Scottish Leaving Certificate Examination, 1960
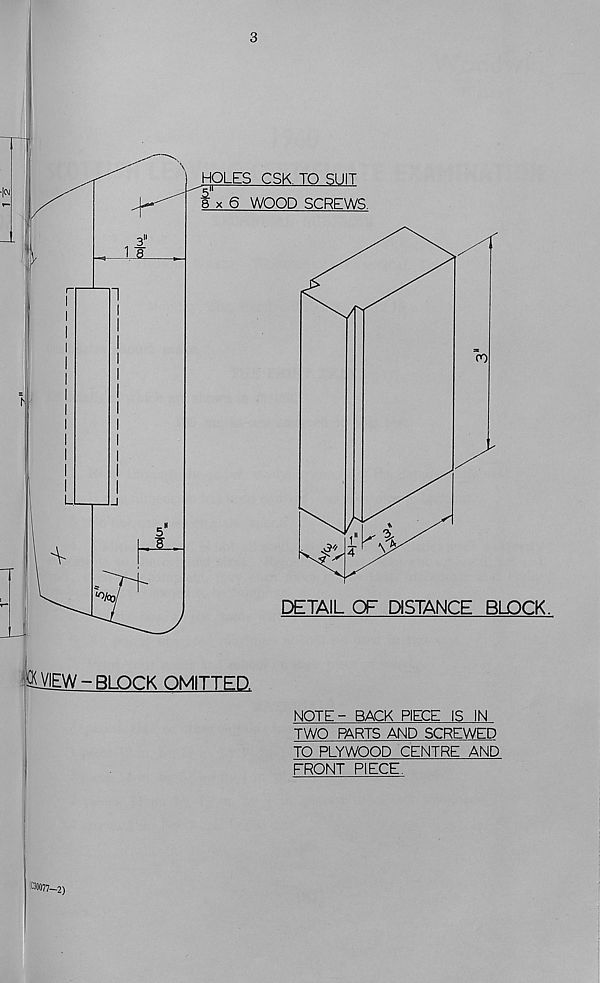
3
-BLOCK OMITTED.
NOTE- BACK PIECE IS IN
TWO PARTS AND SCREWED
TO PLYWOOD CENTRE AND
FRONT PIECE.
#30077—2)